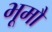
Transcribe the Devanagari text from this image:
भूमौ